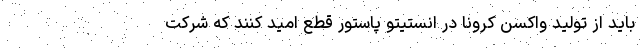
باید از تولید واکسن کرونا در انستیتو پاستور قطع امید کنند که شرکت